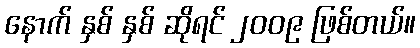
နောက် နှစ် နှစ် ဆိုရင် ၂၀၀၉ ဖြစ်တယ်။